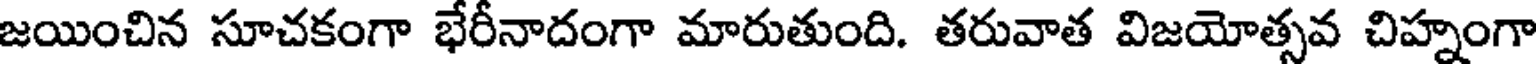
జయించిన సూచకంగా భేరీనాదంగా మారుతుంది. తరువాత విజయోత్సవ చిహ్నంగా